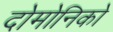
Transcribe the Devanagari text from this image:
दोमोनिको